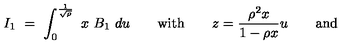
I _ { 1 } \ = \ \int _ { 0 } ^ { \frac { 1 } { \sqrt { \rho } } } \ x \ B _ { 1 } \ d u \qquad \mathrm { w i t h } \qquad { \displaystyle z = { \frac { \rho ^ { 2 } x } { 1 - \rho x } } u } \qquad \mathrm { a n d }